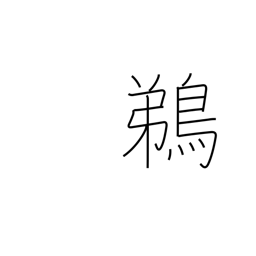
Meaning: cormorant